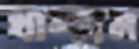
খাম্‌চান